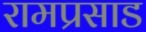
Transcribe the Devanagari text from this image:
रामप्रसाड